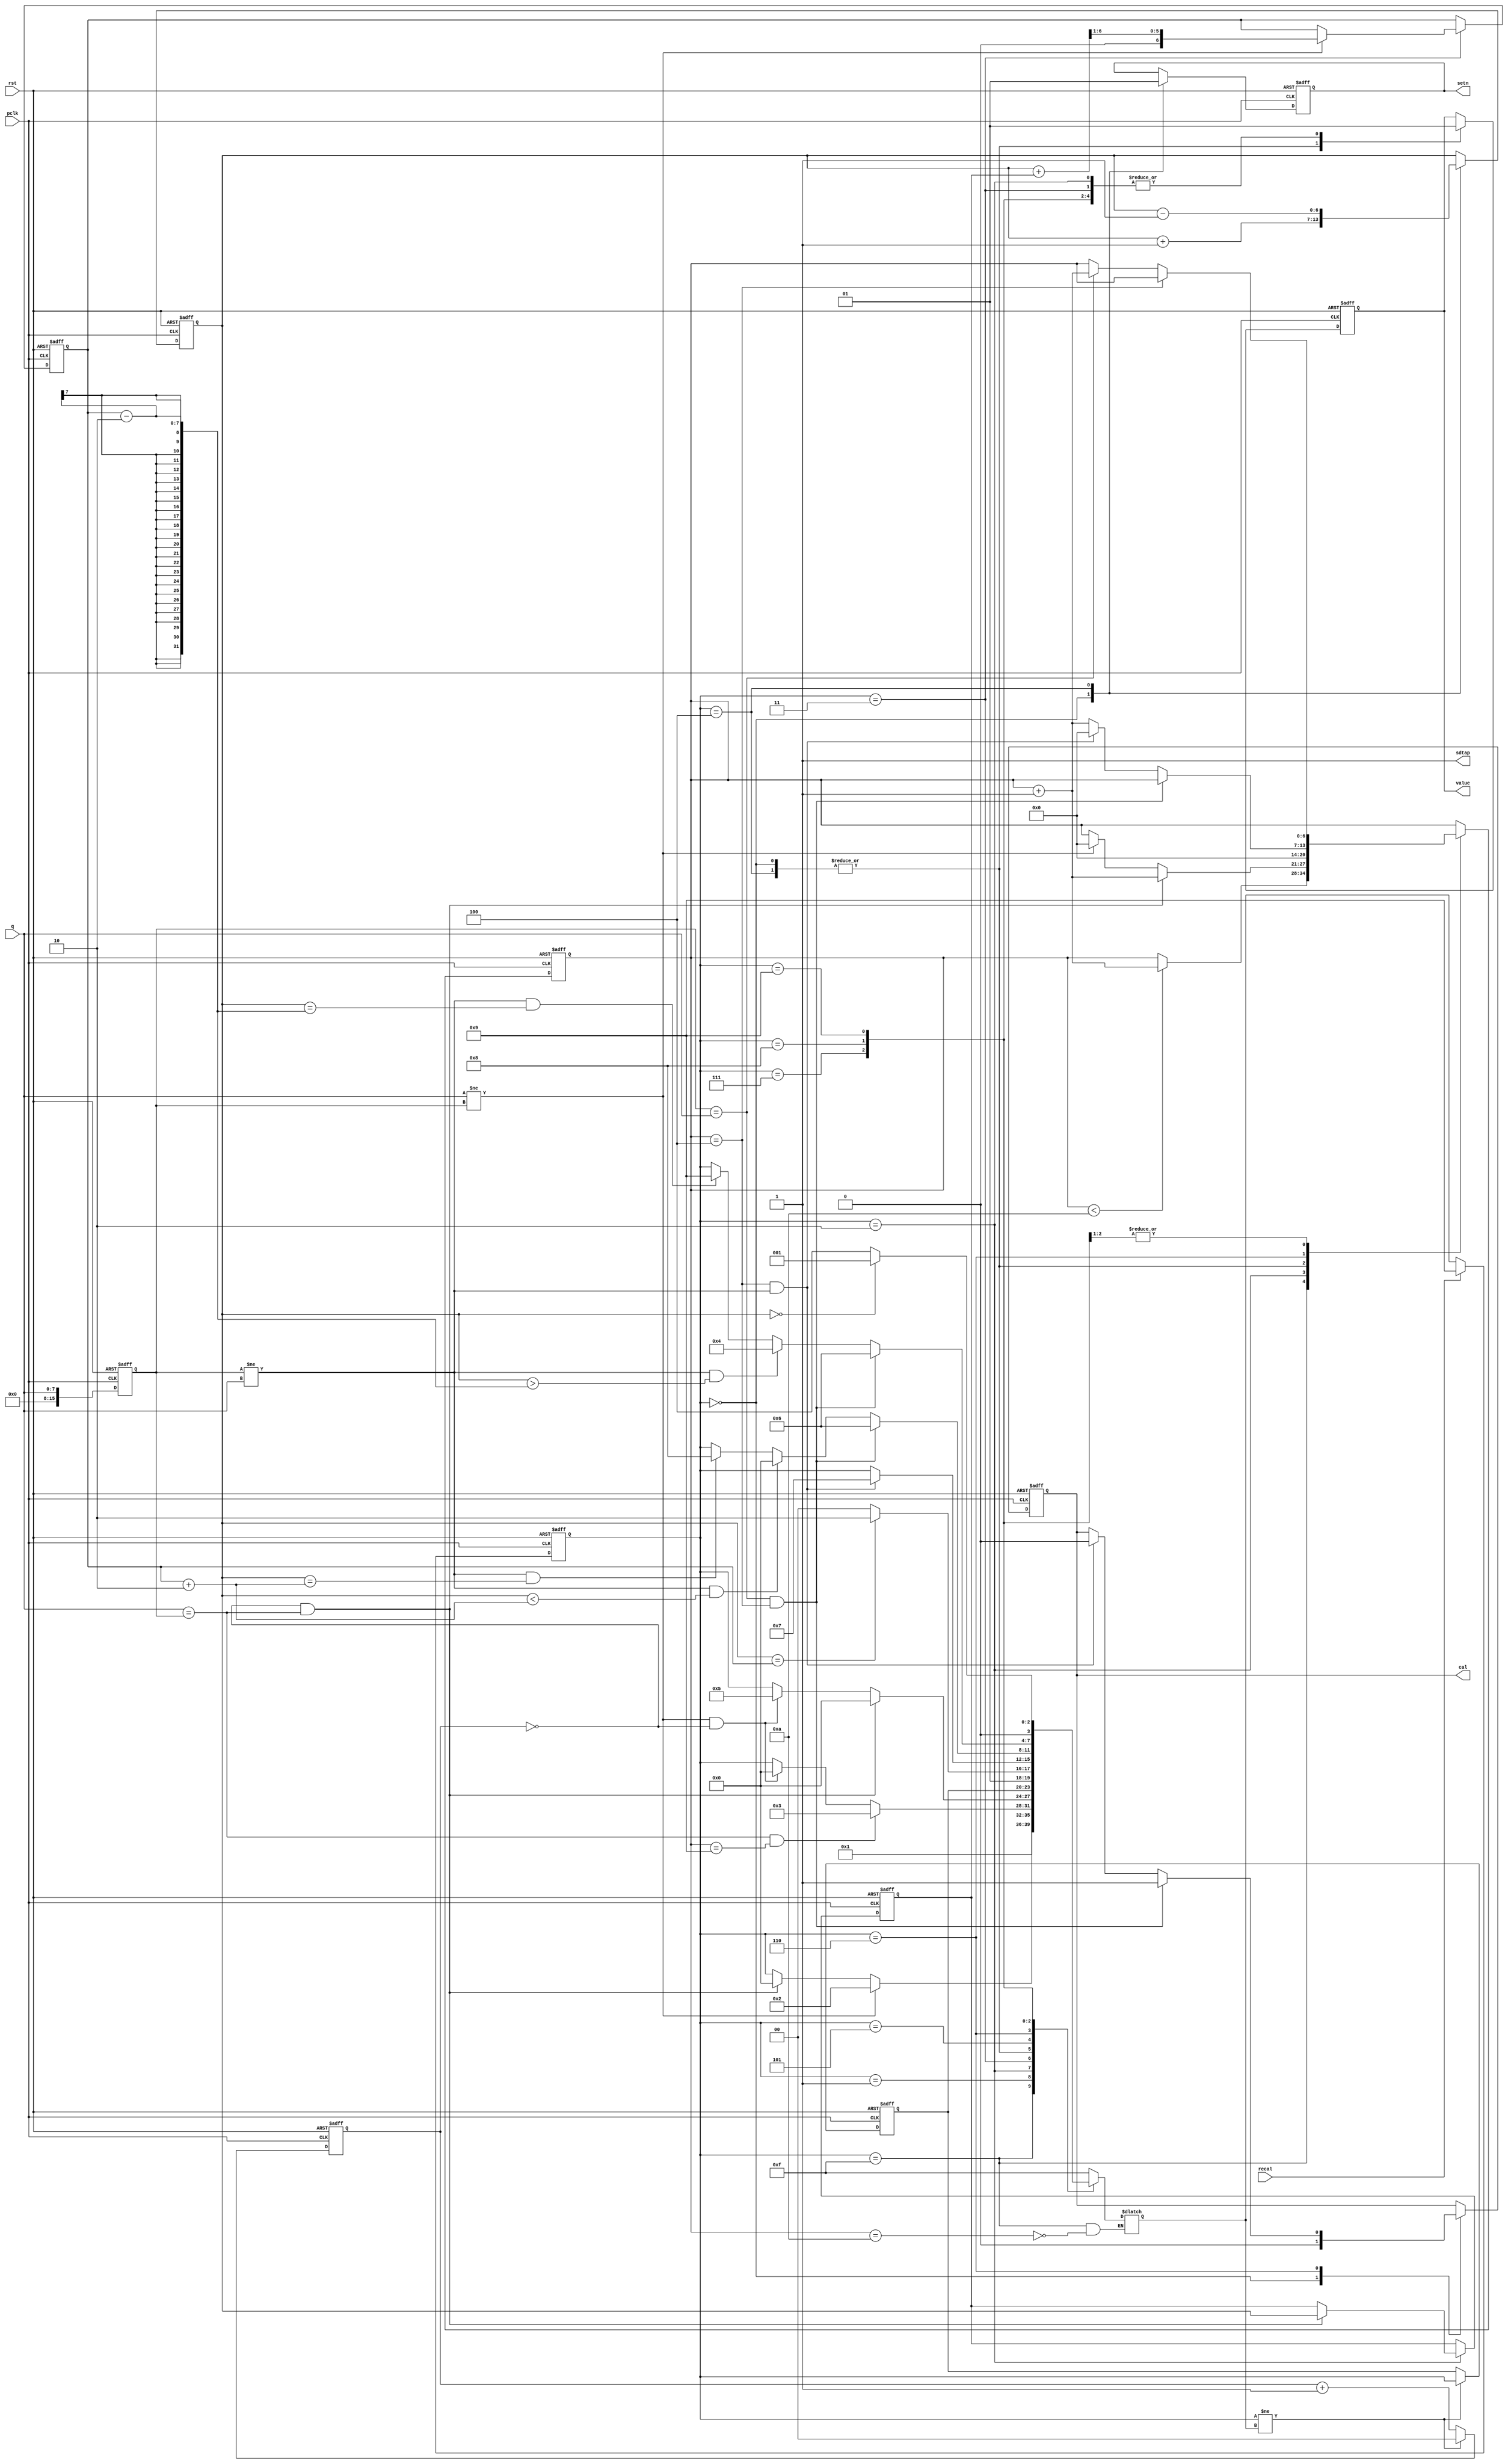
`timescale 100ps/1ps
module ides16_delay_ctrl /*,*/
#(parameter CNT_WAIT_W = 2,  //q1
            MAX        = 0,  //q 0
            TEST       = 4,
			FW         = 8 )  //
(     /*  */
  input [FW-1:0]  q     ,//ides1616
  input          recal  ,//,
  input          rst    ,//
  input          pclk   ,//
  
  output  reg    cal    ,// 1
  output         sdtap  ,// 01;dataclk
  output  reg    value  ,// dataclk
  output  reg    setn    // 0+;1-
);

assign sdtap = 1;//0,1;

localparam  DLY_INC      = 4'b0000 ; // + 1'b1
localparam  SEARCH_EDG1  = 4'b0001 ; //              
localparam  EDG1         = 4'b0010 ; //         
localparam  SEARCH_EDG2  = 4'b0011 ; // 
localparam  DLY_DEC      = 4'b0100 ; // - 1'b1
localparam  DLY_MID      = 4'b0101 ; //              
localparam  OK           = 4'b0110 ; //OK        
localparam  OK_INC2      = 4'b0111 ; //2            
localparam  OK_DEC2      = 4'b1000 ; //2  
localparam  DLY_CLR      = 4'b1001 ; //0  
localparam  IDLE         = 4'b1111 ; //

reg [3:0] lstate;
reg [3:0] cstate;
reg [3:0] nstate;

reg [CNT_WAIT_W - 1:0] cnt_wait;                 //0
reg [6:0]              cnt,edg1_end,cnt_mid,cnt_test; //
reg [15:0]             q0;                            //q

//q
always @(posedge pclk or posedge rst) 
begin
  if (rst)          
    q0 <= 8'b0;
  else
    q0 <= q;
end

always @(posedge pclk or posedge rst) 
begin
  if (rst)          
  begin  
	cstate <= IDLE;
  end
  else if (recal)   //
    cstate <= DLY_CLR;
  else 
    cstate <= nstate;	
end

always @(posedge pclk or posedge rst) 
begin
  if (rst)                   //
    lstate <= SEARCH_EDG1;
  else if (cstate != nstate)//
    lstate <= cstate;       //cstate
end

always @(posedge pclk or posedge rst) 
begin
  if (rst) 
    cnt_wait <= 0;
  else if(cstate != nstate)
    cnt_wait <= 0;
  else 
    cnt_wait <= cnt_wait + 1'b1;
end
  
always @(*) 
begin
  case (cstate) 
    IDLE:
    begin
     if(cnt_test == 10)
     nstate <= SEARCH_EDG1;	  	  
    end  
    DLY_INC: //+
    begin                        
	  nstate <= lstate;
    end                       
    SEARCH_EDG1:
    begin                     
     if (q != q0 /* && cnt_wait == MAX */ )      
       nstate <= EDG1;       
     else if (q == q0 && cnt_wait == MAX) 
       nstate <= DLY_INC;        
     else    //      
       nstate <= cstate;  
    end                       
    EDG1:
    begin    //   
	 if(q == q0 && cnt_test == (10- 1'b1)) 
       nstate <= SEARCH_EDG2;      //102
     else if(q != q0 && cnt_wait == MAX) 
       nstate <= DLY_INC;       	 
     else            
       nstate <= cstate;    
    end                                              
    SEARCH_EDG2:
    begin               
	 if (cnt_wait == MAX && q ==q0  )       
       nstate <= DLY_INC;              		 
	 else if (cnt_wait == MAX && q !=q0 )
       nstate <= DLY_MID; 		 
	 else //cnt_wait < MAX       
       nstate <= cstate;     
    end
    DLY_DEC:  // - 
    begin                                        
	  nstate <= lstate;  //
    end
    DLY_MID:
    begin
     if (cnt == cnt_mid)	//OK
       nstate <= OK; 
     else                  //cnt_mid
       nstate <= DLY_DEC;		  
    end 		
    OK:
    begin
     if (cnt_test == TEST && q0 != q )
       nstate <= OK_INC2;    //2   
     else                   
       nstate <= cstate;	  //	  
    end
    OK_INC2:
    begin   
     if (q0 == q && cnt_test == TEST)
       nstate <= OK;         //ok  
	 else if ( q0 != q && cnt<cnt_mid + 2)                  
       nstate <= DLY_INC;	  //
	 else if (q0 != q && cnt== cnt_mid + 2)                  
       nstate <= OK_DEC2;	  //			
     else                   
       nstate <= cstate;	  //		
    end
    OK_DEC2:
    begin
     if (q0 == q && cnt_test == TEST)
       nstate <= OK;         //ok 
	 else if (q0 != q && cnt>cnt_mid - 2)                  
       nstate <= DLY_DEC;	  //
	 else if (q0 != q && cnt==cnt_mid - 2)                  
       nstate <= DLY_CLR;	  //			
     else                   
       nstate <= cstate;	  //	  
    end
    DLY_CLR:
    begin
     if(cnt == 0 ) //0
       nstate <= SEARCH_EDG1; //1
	 else                   
       nstate <= DLY_DEC; //  
    end	 
    default : nstate <= IDLE;
  endcase
end

always @(posedge pclk or posedge rst ) 
begin
  if (rst)
  begin
	value    <= 1;
	cal      <= 0;
	setn     <= 0; //+
	cnt      <= 0; //
	cnt_test <= 0;
    cnt_mid  <= 0;	  
    edg1_end <= 0; 
 end
  else
  begin  
   case (cstate)
    IDLE:
    begin
      if(cnt_test < 10) //q
        cnt_test <= cnt_test + 1'b1 ;	  	  
    end     
    DLY_INC:
    begin
      cal      <= 0     ;
      setn     <= 0     ; //+
      cnt      <= cnt + 1'b1; //
      value    <= 0     ; //1
      cnt_test <= 0     ;	  	  
    end   
    SEARCH_EDG1:
    begin             
      value <= 1 ;      //	  
    end	 
    EDG1:
    begin             //q
        value <= 1;      
      if (q == q0 && cnt_wait == MAX)	 //10
      begin
  	    edg1_end <= cnt;          //
  	    cnt_test <= cnt_test + 1'b1; //+10
  	  end 
  	  else if (q !=q0)
        cnt_test <= 0;   //10     		   
    end
    SEARCH_EDG2:
    begin             
        value <= 1 ;      //
	if (q !=q0 /* && cstate == 3 */)	
		cnt_mid  <= (cnt+edg1_end)>>1; //
	end	 
    DLY_DEC:
    begin
      setn  <= 1 ; //	 
      value <= 0 ; 
      cnt   <= cnt - 1'b1;     //- 1'b1
      cnt_test  <= 0 ; 	
    end
    DLY_MID:
    begin
  	  value <= 1 ; 
/* 	if (q !=q0 && cstate == 3)	
		cnt_mid  <= (cnt+edg1_end)>>1; // */	  
    end 
    OK:
    begin                             //OK
      
	  if (cnt_test == TEST && q0 == q )  //nq0 = q
        cal <= 1; 	       //1	   
      else if(cnt_test == TEST && q0 != q)
      begin
    	cnt_test <= 0;
    	cal <= 0;
      end
      else                    
        cnt_test <= cnt_test + 1'b1;             
    end
    OK_INC2:
    begin                             
        value <= 1 ;	  	           
      if(q0 == q )
        cnt_test  <= cnt_test  + 1'b1 ; 
      if(cnt_test == TEST)
        cnt_test  <= cnt_test  ; 		
    end	 
    OK_DEC2:
    begin                             
        value <= 1 ;	  	           
      if(q0 == q )
        cnt_test  <= cnt_test  + 1'b1 ; 
      if(cnt_test == TEST)
        cnt_test  <= cnt_test  ;
    end	 
    DLY_CLR:
    begin
        value <= 1; 
    end	 
//      default : nstate <= IDLE;  //
     endcase
   end
  end
endmodule